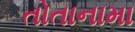
તોતાનામા